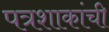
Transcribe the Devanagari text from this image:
पत्रशाकांची